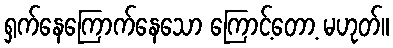
ရှက်နေကြောက်နေသော ကြောင့်တော့ မဟုတ်။